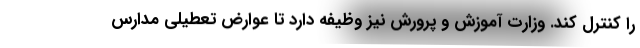
را کنترل کند. وزارت آموزش و پرورش نیز وظیفه دارد تا عوارض تعطیلی مدارس